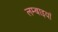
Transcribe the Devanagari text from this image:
लम्बाइयाँ